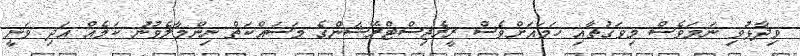
ވިދާޅުވި ނަމަވެސް މިވަގުތާއި ހަމައަށްވެސް ރީރެޖިސްޓްރޭޝަންގެ މަސައްކަތް ނިންމާލެވުނު ކަމެއް އަދި ވަނީ